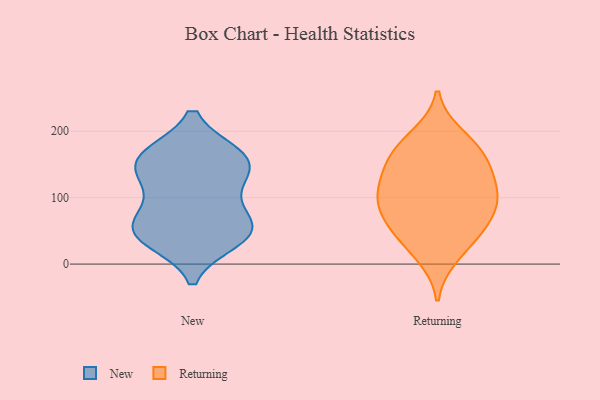
{"axis": {"x": "Conversion Rate (%)", "y": "Value"}, "legend": ["New", "Returning"], "data": [{"x": "", "y": 157, "type": "New"}, {"x": "", "y": 52, "type": "New"}, {"x": "", "y": 47, "type": "New"}, {"x": "", "y": 126, "type": "New"}, {"x": "", "y": 161, "type": "New"}, {"x": "", "y": 82, "type": "New"}, {"x": "", "y": 160, "type": "New"}, {"x": "", "y": 48, "type": "New"}, {"x": "", "y": 55, "type": "New"}, {"x": "", "y": 163, "type": "New"}, {"x": "", "y": 37, "type": "New"}, {"x": "", "y": 124, "type": "New"}, {"x": "", "y": 128, "type": "Returning"}, {"x": "", "y": 94, "type": "Returning"}, {"x": "", "y": 51, "type": "Returning"}, {"x": "", "y": 171, "type": "Returning"}, {"x": "", "y": 13, "type": "Returning"}, {"x": "", "y": 62, "type": "Returning"}, {"x": "", "y": 192, "type": "Returning"}, {"x": "", "y": 95, "type": "Returning"}, {"x": "", "y": 153, "type": "Returning"}, {"x": "", "y": 133, "type": "Returning"}, {"x": "", "y": 86, "type": "Returning"}, {"x": "", "y": 105, "type": "Returning"}, {"x": "", "y": 172, "type": "Returning"}, {"x": "", "y": 39, "type": "Returning"}]}